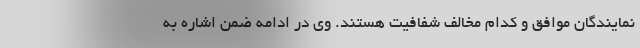
نمایندگان موافق و کدام مخالف شفافیت هستند. وی در ادامه ضمن اشاره به